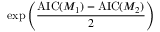
\exp \left( { \frac { \operatorname { A I C } ( M _ { 1 } ) - \operatorname { A I C } ( M _ { 2 } ) } { 2 } } \right)